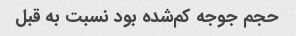
حجم جوجه کم‌شده بود نسبت به قبل